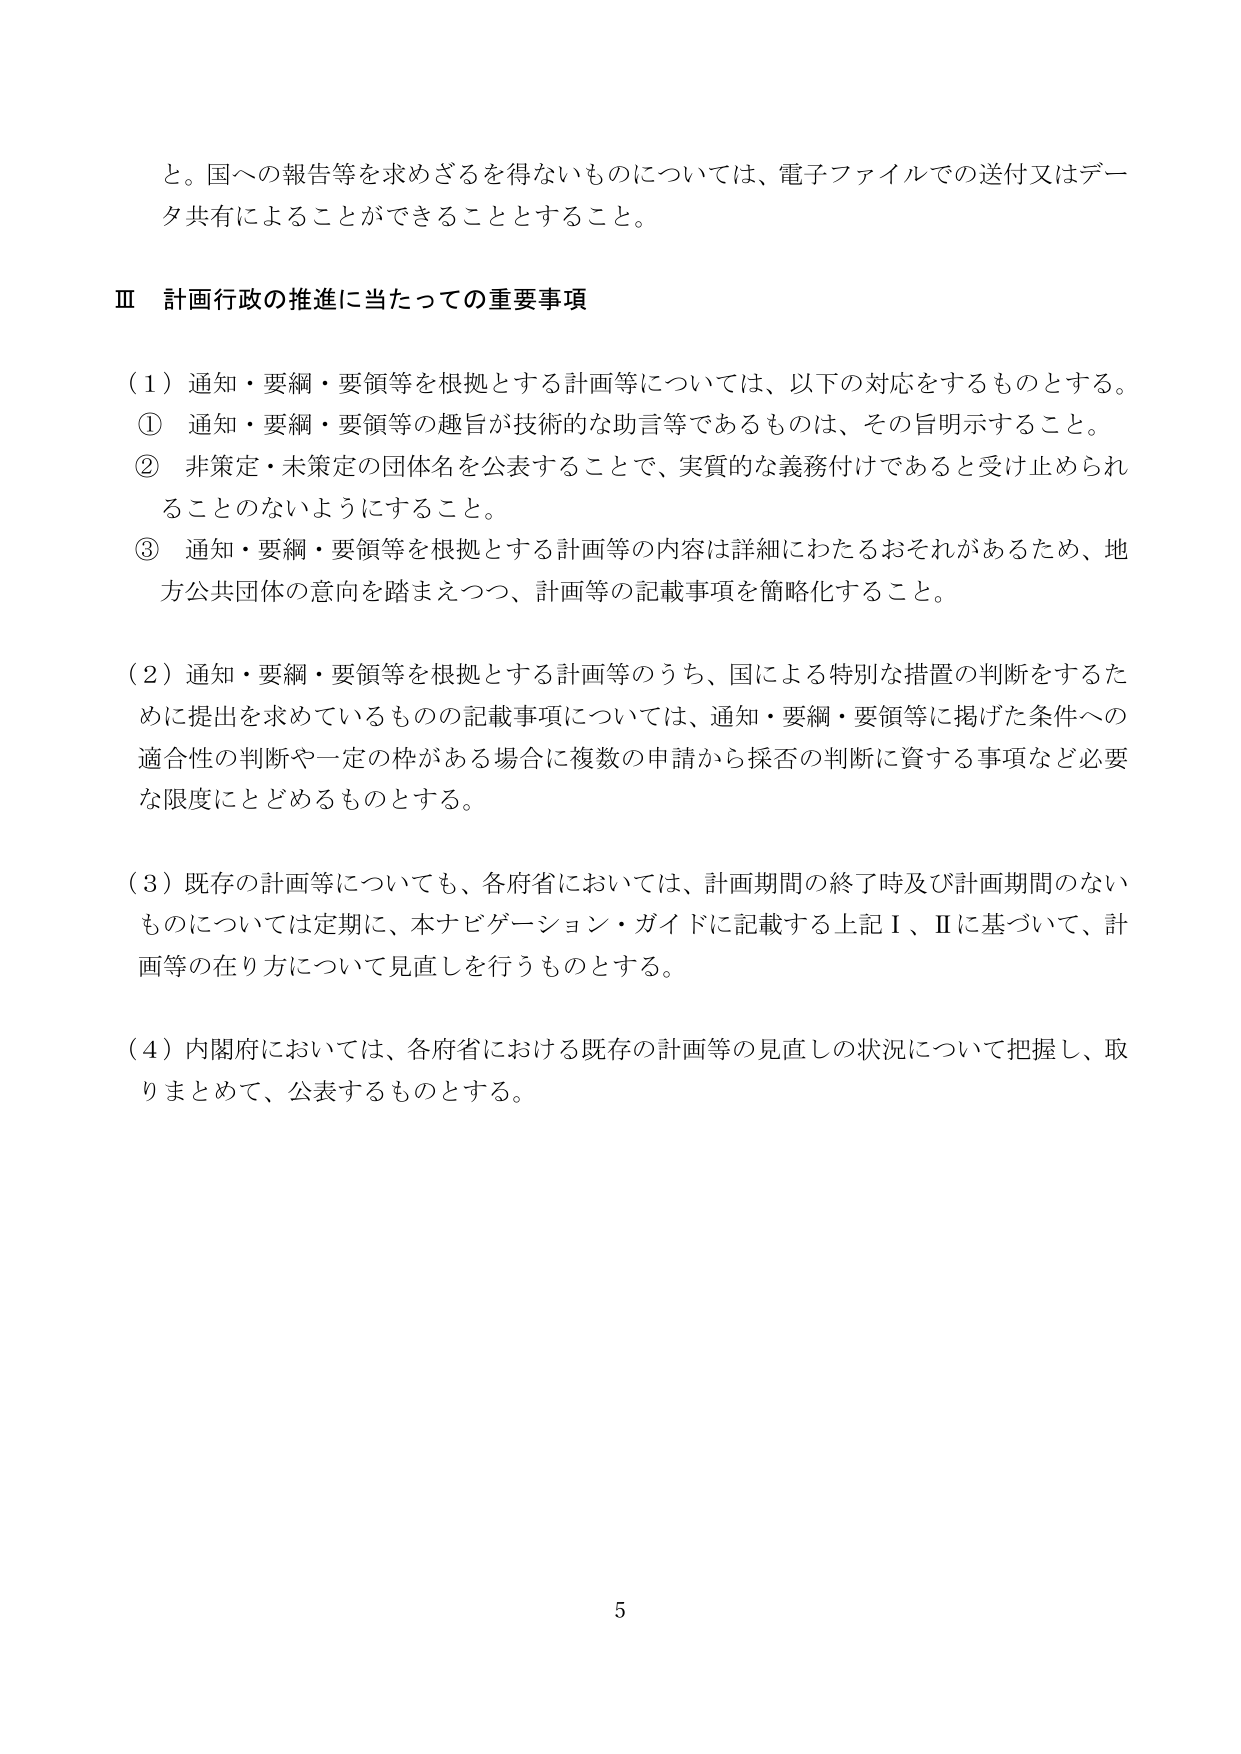
と。国への報告等を求めざるを得ないものについては、電子ファイルでの送付又はデータ共有によることができることとすること。

Ⅲ 計画行政の推進に当たっての重要事項

（1）通知・要綱・要領等を根拠とする計画等については、以下の対応をするものとする。
① 通知・要綱・要領等の趣旨が技術的な助言等であるものは、その旨明示すること。
② 非策定・未策定の団体名を公表することで、実質的な義務付けであると受け止められることのないようにすること。
③ 通知・要綱・要領等を根拠とする計画等の内容は詳細にわたるおそれがあるため、地方公共団体の意向を踏まえつつ、計画等の記載事項を簡略化すること。

（2）通知・要綱・要領等を根拠とする計画等のうち、国による特別な措置の判断をするために提出を求めているものの記載事項については、通知・要綱・要領等に掲げた条件への適合性の判断や一定の枠がある場合に複数の申請から採否の判断に資する事項など必要な限度にとどめるものとする。

（3）既存の計画等についても、各府省においては、計画期間の終了時及び計画期間のないものについては定期に、本ナビゲーション・ガイドに記載する上記Ⅰ、Ⅱに基づいて、計画等の在り方について見直しを行うものとする。

（4）内閣府においては、各府省における既存の計画等の見直しの状況について把握し、取りまとめて、公表するものとする。

5